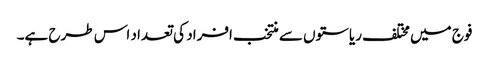
فوج میں مختلف ریاستوں سے منتخب افراد کی تعداد اس طرح ہے۔